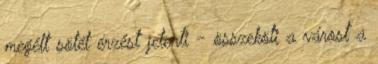
megélt sötét érzést jelenti - összeköti a várost a